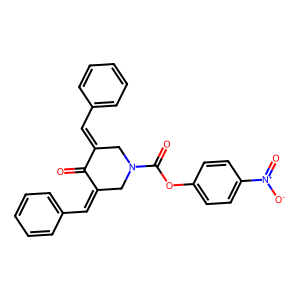
SMILES: O=C1C(=Cc2ccccc2)CN(C(=O)Oc2ccc([N+](=O)[O-])cc2)CC1=Cc1ccccc1
Inhibits HIV replication: No